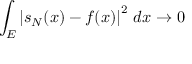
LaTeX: \int _ { E } \left| s _ { N } ( x ) - f ( x ) \right| ^ { 2 } \, d x \to 0